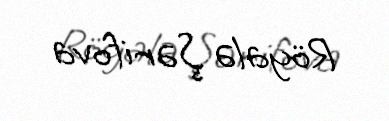
Röyalə Şərifova